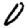
Digit: 0